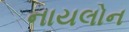
નાયલોન